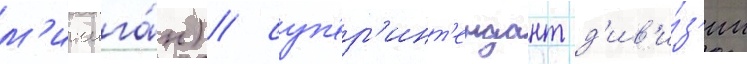
м'ичига́н) / суп'ер'инт'ендант д'ив'и́з'ии